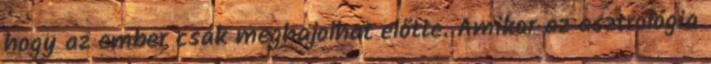
hogy az ember csak meghajolhat előtte. Amikor az asztrológia